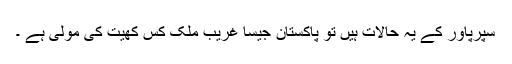
سپرپاور کے یہ حالات ہیں تو پاکستان جیسا غریب ملک کس کھیت کی مولی ہے ۔